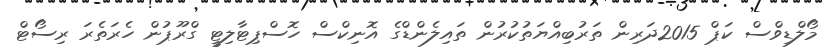
މޯލްޑިވްސް ކަޕް 2015ދަރިން ތަރުބިއްޔަތުކުރުން ތައިލެންޑްގެ އޮނިކްސް ހޮސްޕިޓާލިޓީ ގްރޫޕުން ހެރަތެރަ ރިސޯޓް